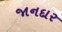
જાનદાર